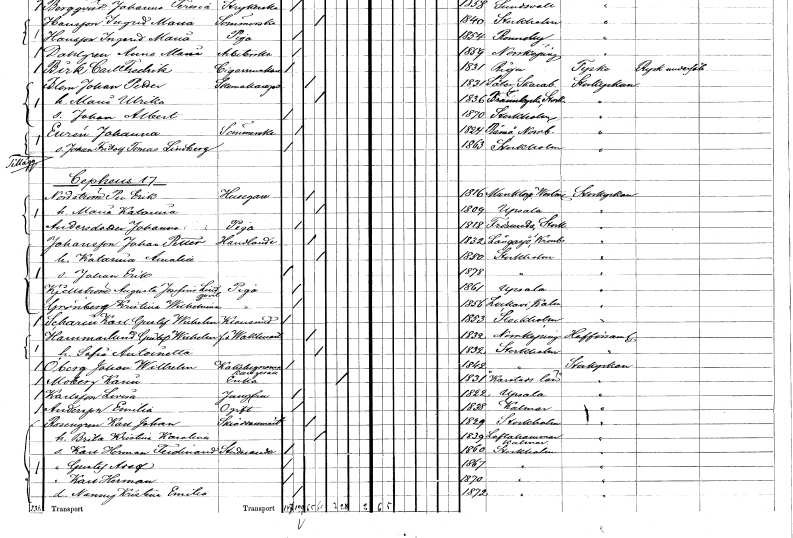
gt_parse: households: individuals: FN: Johanna
EN: Eurén
YRKE: Sömmerska
KON: K
CIV: O
FODAR: 1824
FODFORS: Råneå Norrbottens län
FN: Johan Fridolf Tomas
EN: Lindberg
KON: M
CIV: O
FODAR: 1863
FODFORS: Stockholm
FN: Per Erik
EN: Nordström
YRKE: Husägare
KON: M
CIV: G
FODAR: 1816
FODFORS: Munktorp Västmanlands län
FN: Maria Katarina
KON: K
CIV: G
FODAR: 1809
FODFORS: Uppsala Uppsala län
FN: Johanna
EN: Andersdotter
YRKE: Piga
KON: K
CIV: O
FODAR: 1818
FODFORS: Frösunda Stockholms län
FN: Johan Petter
EN: Johansson
YRKE: Handlande
KON: M
CIV: G
FODAR: 1832
FODFORS: Långasjö Kalmar län
FN: Katarina Amalia
KON: K
CIV: G
FODAR: 1850
FODFORS: Stockholm
FN: Johan Erik
KON: M
CIV: O
FODAR: 1878
FODFORS: Stockholm
FN: Augusta Josefina
EN: Kjellström Lindqvist
YRKE: Piga
KON: K
CIV: O
FODAR: 1861
FODFORS: Uppsala Uppsala län
FN: Kristina Wilhelmina
EN: Grönberg
YRKE: Piga
KON: K
CIV: O
FODAR: 1856
FODFORS: Locknevi Kalmar län
FN: Karl Gustaf Wilhelm
EN: Scharin
YRKE: Klensmed
KON: M
CIV: O
FODAR: 1853
FODFORS: Stockholm
FN: Gustaf Wilhelm
EN: Hammarlund
YRKE: Vaktmästare f.d.
KON: M
CIV: G
FODAR: 1832
FODFORS: Norrköping Östergötlands län
FN: Sofia Antoinetta
KON: K
CIV: G
FODAR: 1832
FODFORS: Stockholm
FN: Johan Wilhelm
EN: Öberg
YRKE: Kakelugnsmakaregesäll
KON: M
CIV: O
FODAR: 1842
FODFORS: Stockholm
FN: Karin
EN: Moberg
YRKE: Änka
KON: K
CIV: E
FODAR: 1831
FN: Lovisa
EN: Karlsson
YRKE: Jungfru
KON: K
CIV: O
FODAR: 1822
FODFORS: Uppsala Uppsala län
FN: Emilia
EN: Andersson
KON: K
CIV: O
FODAR: 1838
FODFORS: Kalmar Kalmar län
FN: Karl Johan
EN: Rosengren
YRKE: Skräddarmästare
KON: M
CIV: G
FODAR: 1829
FODFORS: Stockholm
FN: Brita Kristina Karolina
KON: K
CIV: G
FODAR: 1839
FODFORS: Loftahammar Kalmar län
FN: Karl Herman Ferdinand
YRKE: Studerande
KON: M
CIV: O
FODAR: 1860
FODFORS: Stockholm
FN: Gustaf Adolf
KON: M
CIV: O
FODAR: 1867
FODFORS: Stockholm
FN: Karl Herman
KON: M
CIV: O
FODAR: 1870
FODFORS: Stockholm
FN: Nanny Kristina Emilia
KON: K
CIV: O
FODAR: 1872
FODFORS: Stockholm